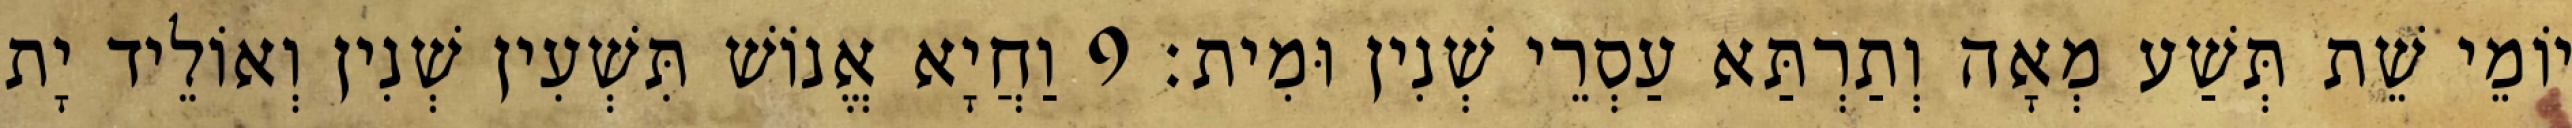
יוֹמֵי שֵׁת תְּשַׁע מְאָה וְתַרְתַּא עַסְרֵי שְׁנִין וּמִית׃ 9 וַחֲיָא אֱנוֹשׁ תִּשְׁעִין שְׁנִין וְאוֹלֵיד יָת